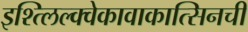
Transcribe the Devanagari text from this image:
इश्त्लिल्क्वेकावाकात्सिनची